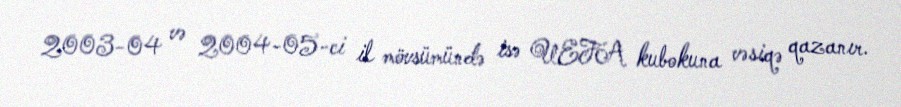
2003-04 və 2004-05-ci il mövsümündə isə UEFA kubokuna vəsiqə qazanır.